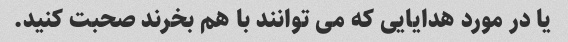
یا در مورد هدایایی که می توانند با هم بخرند صحبت کنید.